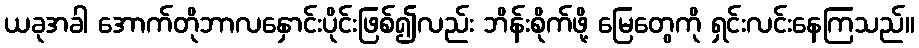
ယခုအခါ အောက်တိုဘာလနှောင်းပိုင်းဖြစ်၍လည်း ဘိန်းစိုက်ဖို့ မြေတွေကို ရှင်းလင်းနေကြသည်။